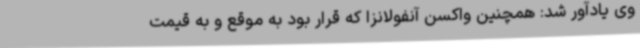
وی یادآور شد: همچنین واکسن آنفولانزا که قرار بود به موقع و به قیمت